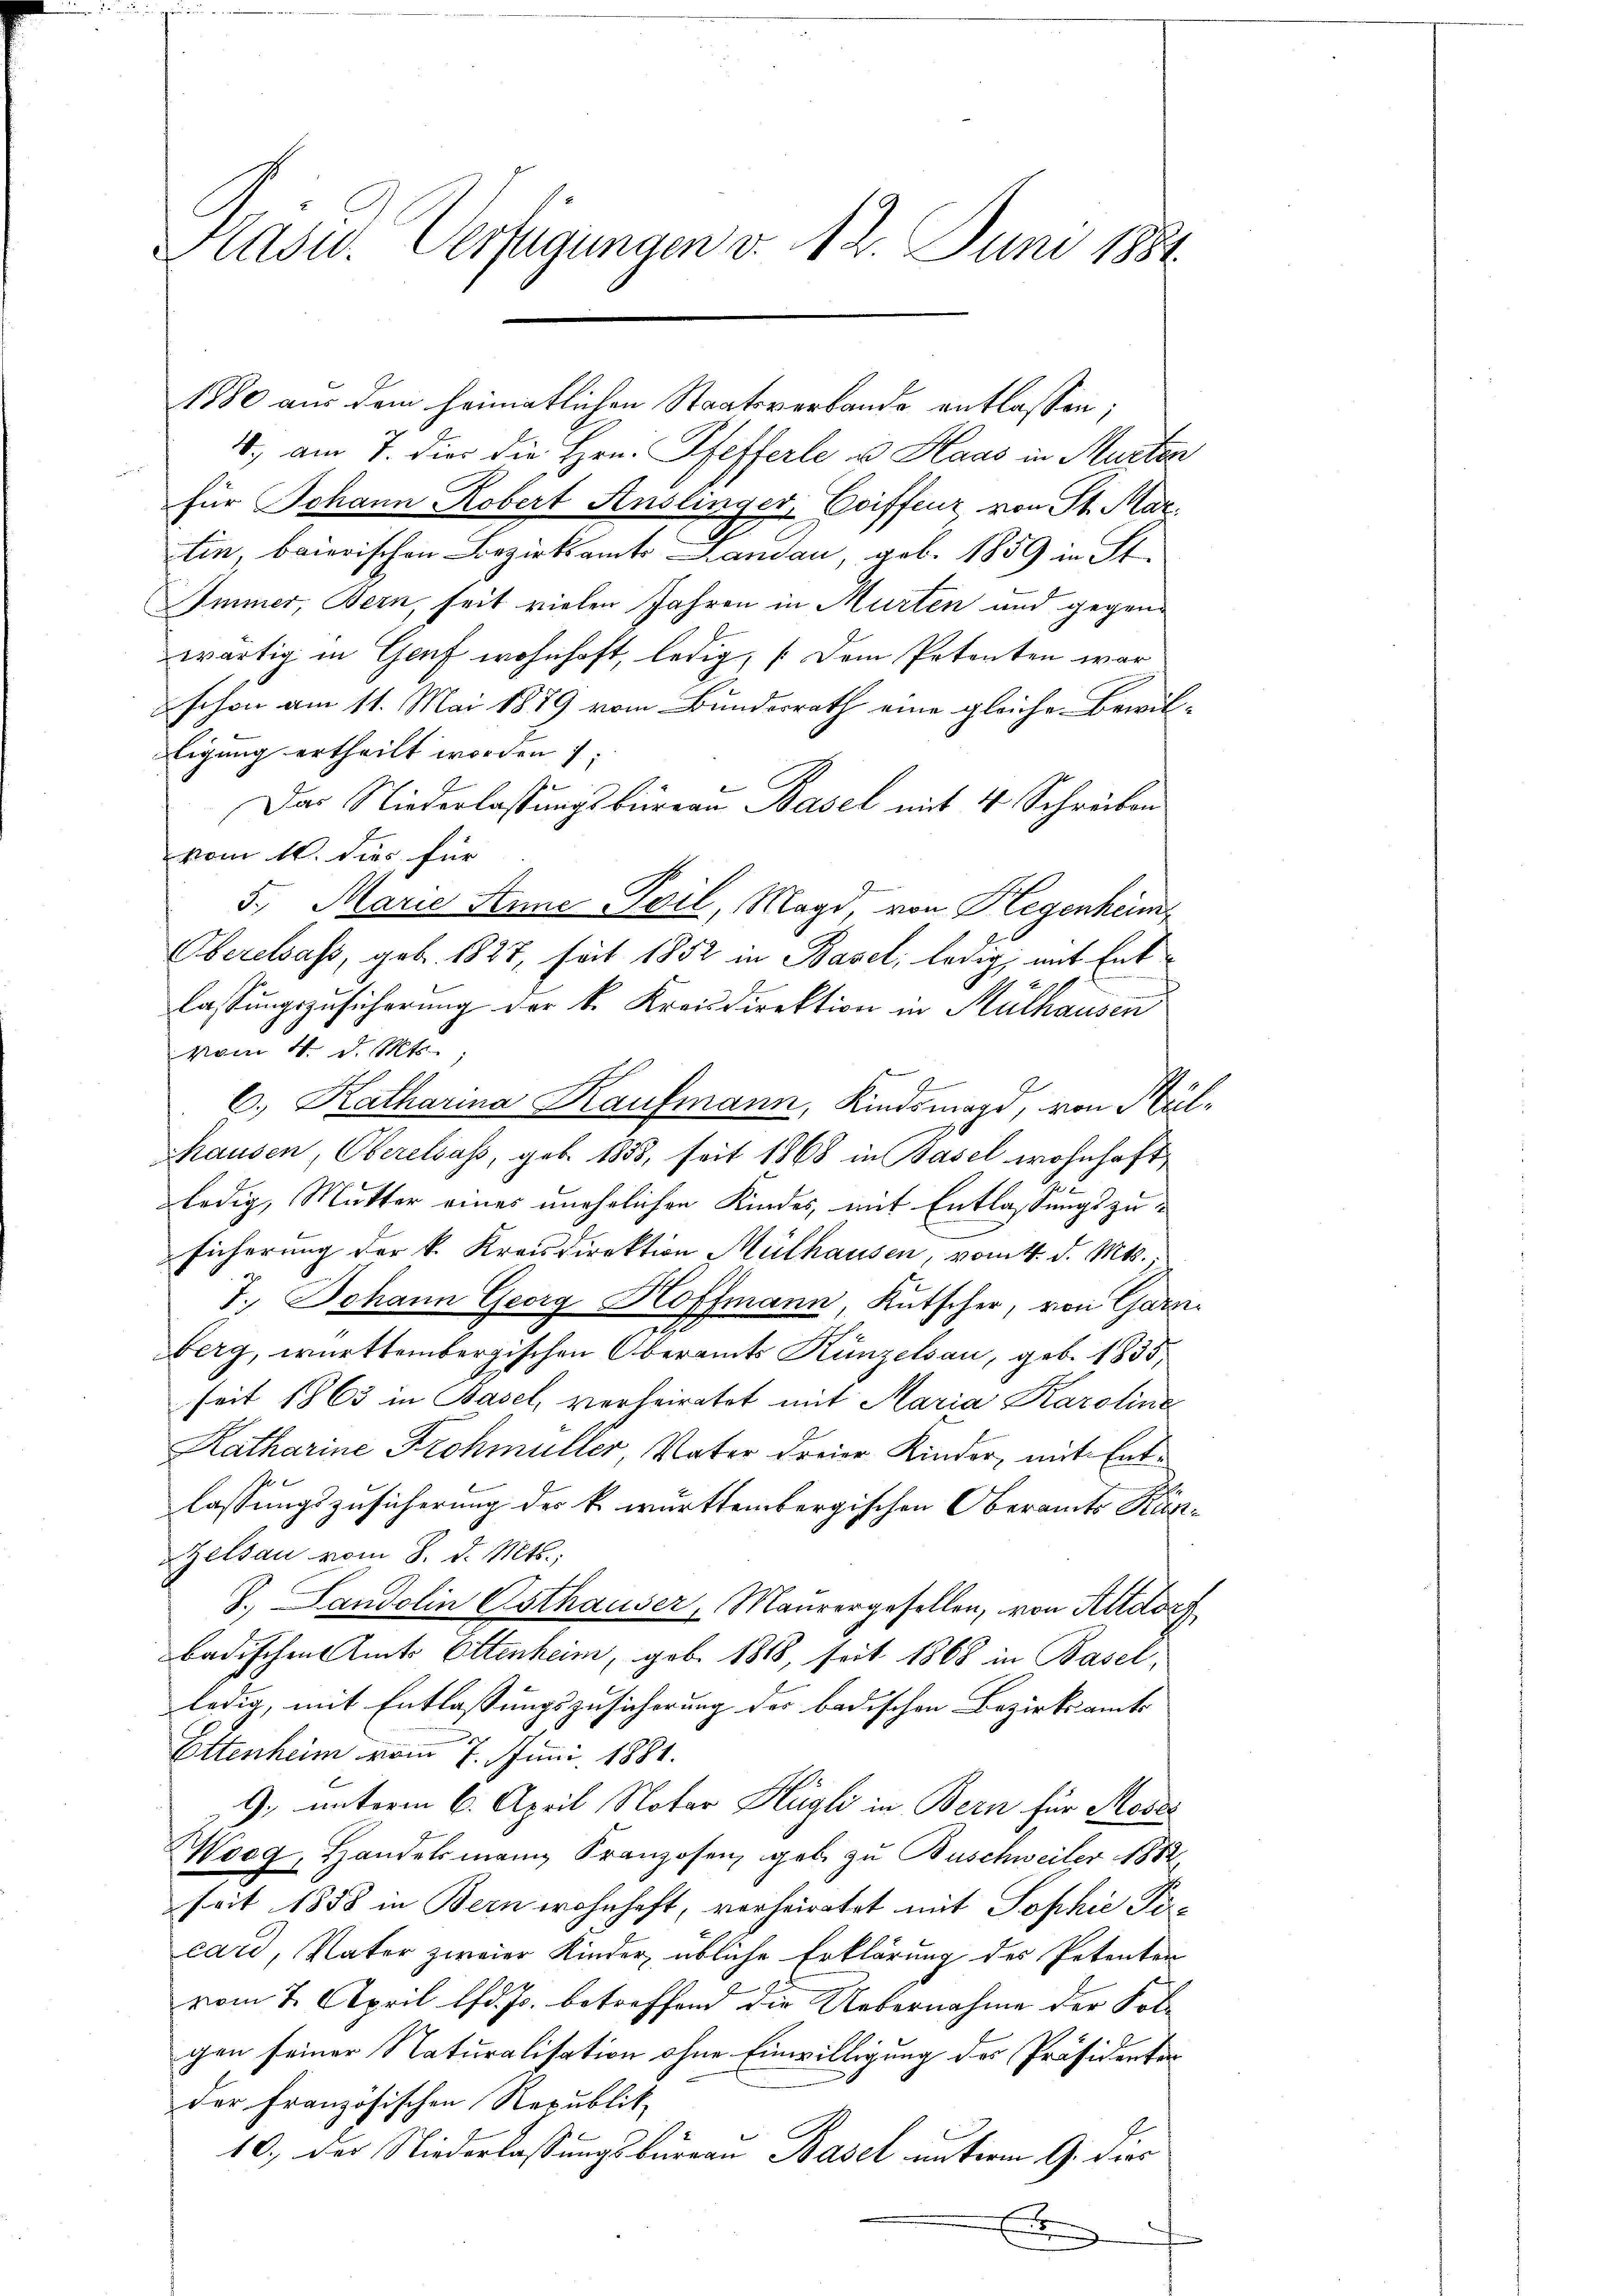
Präsid. Verfügungen d. 12. Juni 1881

1880 aus dem heimatlichen Staatsverbande entlassen;
1.) am 7. die die Hrn. Pfefferle u. Haas in Murten
für Johann Robert Anslinger, Coiffeur von St. Mar
tin, baierischen Bezirksamts Landau, geb. 1859 in St.
Immer, Bern, seit vielen Jahren in Murten und gegenwärtig in Genf wohnhaft, ledig, (dem Petenten war
schon am 11. Mai 1879 vom Bundesrath eine gleiche Bewil-
tigung ertheilt worden 1:
Das Niederlassungsbureau Basel mit 4 Schreiben
vom 10. dies für
5. Marie Anne Teil, Magd, von Hegenheim
Oberelsass, geb. 1827, seit 1852 in Basel, ledig, mit Entlassungszusicherung der k. Kreisdirektion in Mülhausen
vom 4. d. Mts.
6., Katharina Kaufmann, Kindsmagd, von Mül¬
Thausen, Oberelsass, geb. 1858, seit 1868 in Basel wohnhaft
ledig, Mutter eines unehelichen Kindes, mit Entlassungszusicherung der k. Kreisdirektion Mülhausen, vom 4. d. Mts.
7. Johann Georg Hoffmann, Kutscher, von Gar
berg, württembergischen Oberamts Kunzelsau, geb. 1835,
seit 1863 in Basel, verheiratet mit Maria Karoline
Katharine Frohmüller, Vater dreier Kinder, mit Entlassungszusicherung des k. württembergischen Oberamts Ränelsau vom 8. d. Mts.,
J. Landolin Esthauser, Maurergesellen, von Altdor
badischen Amts Ottenheim, geb. 1818, seit 1868 in Basel,
ledig, mit Entlassungszusicherung des badischen Bezirksamts
Ettenheim vom 7. Juni 1881.
9. unterm 6. April Notar Hügli in Bern für Moses
Woog, Handelsmann Franzosen, geb. zu Buschweiler 1882.
seit 1858 in Bern wohnhaft, vorheiratet mit Sophie Pecar, Vater zweier Kinder übliche Erklärung des Petenten
vom 7. April lfd. Js. betreffend die Uebernahme der Kol-
gen seiner Naturalisation ohne Einwilligung des Präsidenten
der Französischen Republik
10., der Niederlassungsburgau Basel unterm 9. die
.